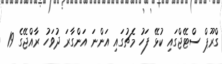
ގްރޫޕް ސްޓޭޖްގައި ކުޅޭ ފަހު މެޗުގައި އަންނަ އަންގާރަ ދުވަހު ރާއްޖޭގެ 19